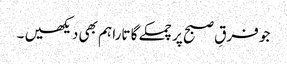
جو فرقِ صبح پر چمکے گا تارا ہم بھی دیکھیں ۔